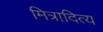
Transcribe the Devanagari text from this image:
मित्रादित्य